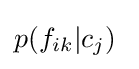
p(f_{ik}|c_{j})\